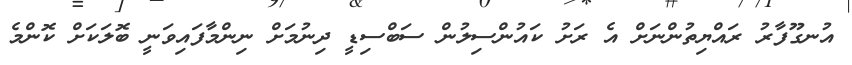
އުނގޫފާރު ރައްޔިތުންނަށް އެ ރަށު ކައުންސިލުން ސަބްސިޑީ ދިނުމަށް ނިންމާފައިވަނީ ބޮލަކަށް ކޮންމެ